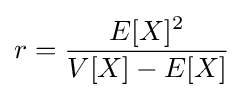
r={\frac {E[X]^{2}}{V[X]-E[X]}}